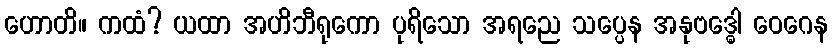
ဟောတိ။ ကထံ? ယထာ အဟိဘီရုကော ပုရိသော အရညေ သပ္ပေန အနုဗဒ္ဓေါ ဝေဂေန